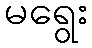
မရွေး